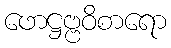
ဖောဋ္ဌဗ္ဗဝိစာရော